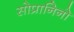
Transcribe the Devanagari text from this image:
सोप्रानिनो